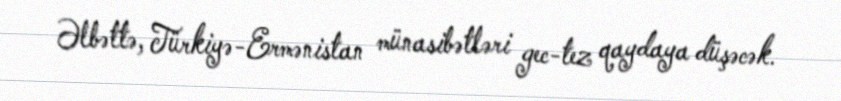
Əlbəttə, Türkiyə-Ermənistan münasibətləri gec-tez qaydaya düşəcək.